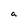
Character: a